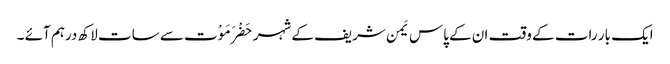
ایک بار رات کے وقت ان کے پاس یَمن شریف کے شہر حَضْرَمَوْت سے سات لاکھ درہم آئے ۔